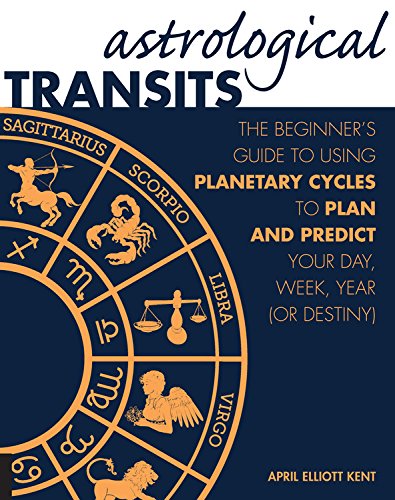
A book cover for Astrological Transits: The Beginner's Guide to Using Planetary Cycles to Plan and Predict Your Day, Week, Year (or Destiny); April Elliott Kent; Religion & Spirituality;